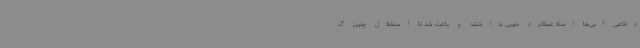
دفاعی آبی‌ها اصلا عملکرد خوبی نداشتند و باعث شد تا استقلال چنین گ